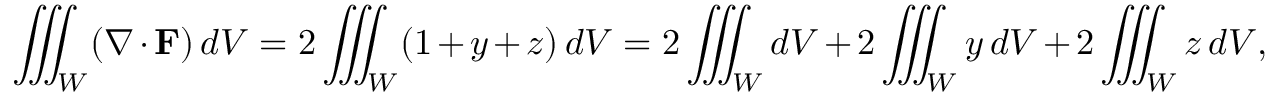
\iiint _ { W } ( \nabla \cdot \mathbf { F } ) \, d V = 2 \iiint _ { W } ( 1 + y + z ) \, d V = 2 \iiint _ { W } d V + 2 \iiint _ { W } y \, d V + 2 \iiint _ { W } z \, d V ,